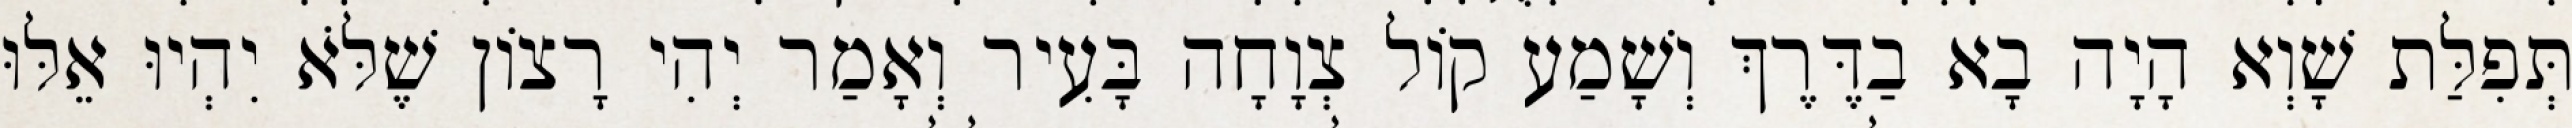
תְּפִלַּת שָׁוְא הָיָה בָא בַדֶּרֶךְ וְשָׁמַע קוֹל צְוָחָה בָּעִיר וְאָמַר יְהִי רָצוֹן שֶׁלֹּא יִהְיוּ אֵלּוּ